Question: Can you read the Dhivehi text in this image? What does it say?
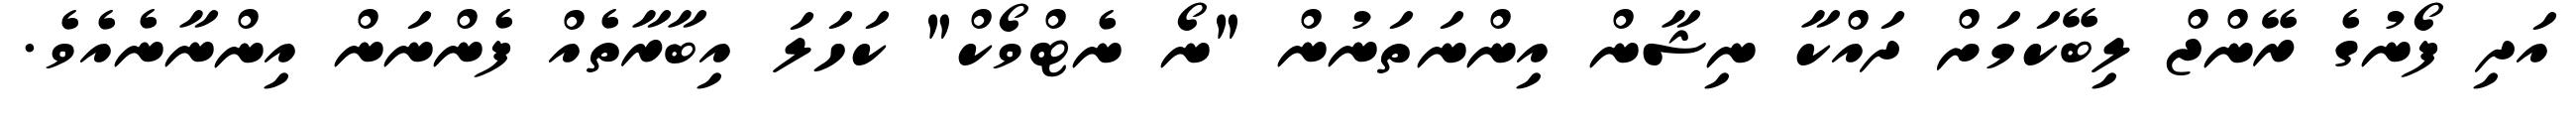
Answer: އަދި ފޯނުގެ ރޭންޖް ލިބޭކަމަށް ދައްކާ ނިޝާން އިންނަތަނުން "ނޯ ނެޓްވޯކް" ކަހަލަ އިބާރާތެއް ފެންނަން އިންނާނެއެވެ.